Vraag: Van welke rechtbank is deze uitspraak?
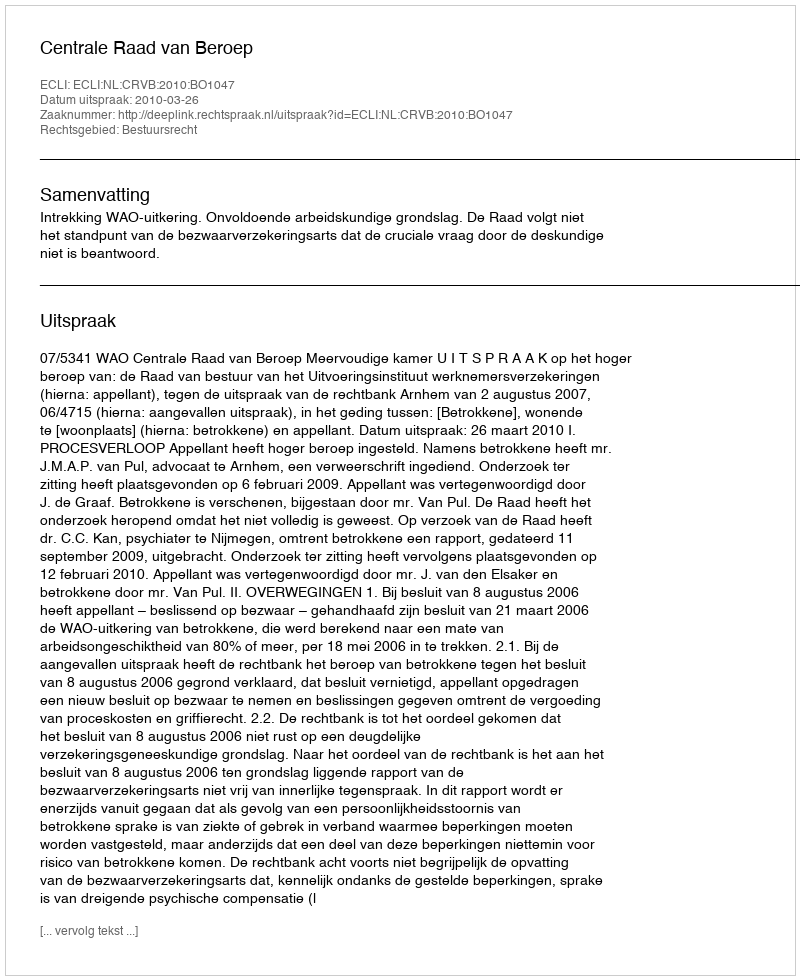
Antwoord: Centrale Raad van Beroep